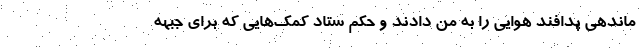
ماندهی پدافند هوایی را به من دادند و حکم ستاد کمک‌هایی که برای جبهه